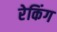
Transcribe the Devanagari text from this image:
रेकिंग